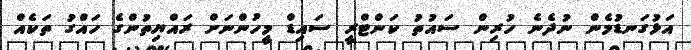
އަޅުގަނޑުމެން ނުދެނެ ހުރިން ސައުތު ކަންޓްރީ ސައިޑް މީހުންނަށް ރައްޔިތުންގެ ހައްގު ތަކެއް